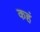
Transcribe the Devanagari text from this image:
कहं